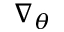
\nabla _ { \theta }